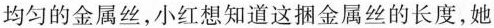
均匀的金属丝，小红想知道这捆金属丝的长度，她